Vaccine operations Central Provinces 1868-1885 - 1868-1885
Year: 1868
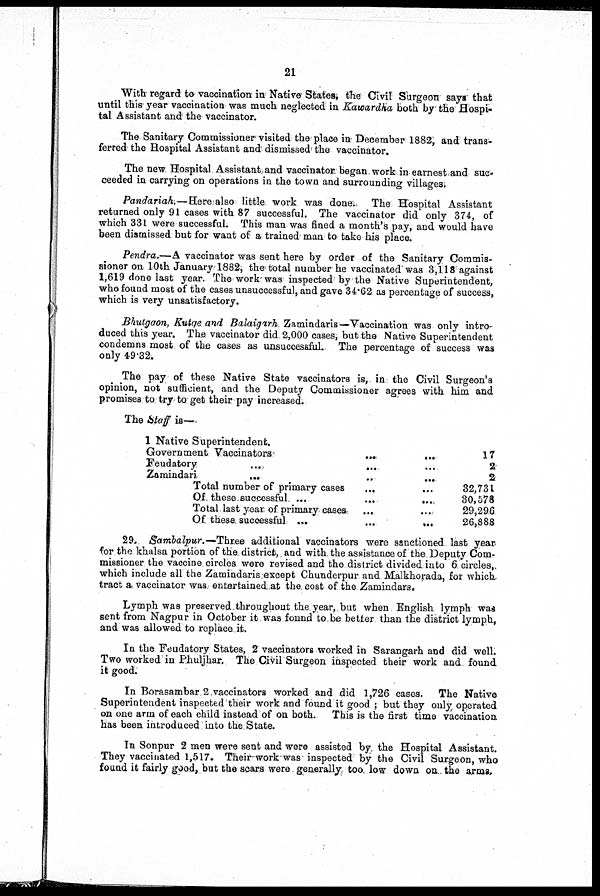
21
With regard to vaccination in Native States, the Civil Surgeon says that
until this year vaccination was much neglected in Kawardha both by the Hospi-
tal Assistant and the vaccinator.
The Sanitary Commissioner visited the place in December 1882, and trans-
ferred the Hospital Assistant and dismissed the vaccinator.
The new Hospital Assistant and vaccinator began work in earnest and suc-
ceeded in carrying on operations in the town and surrounding villages.
Pandariah.—Here also little work was done., The Hospital Assistant
returned only 91 cases with 87 successful. The vaccinator did only 374, of
which 331 were successful. This man was fined a month's pay, and would have
been dismissed but for want of a trained man to take his place.
Pendra.—A vaccinator was sent here by order of the Sanitary Commis-
sioner on 10th January 1882, the total number he vaccinated was 3,118 against
1,619 done last year. The work was inspected by the Native Superintendent,
who found most of the cases unsuccessful, and gave 34.62 as percentage of success,
which is very unsatisfactory.
Bhutgaon, Kutqe and Balaigarh Zamindaris — Vaccination was only intro-
duced this year. The vaccinator did 2,000 cases, but the Native Superintendent
condemns most of the cases as unsuccessful. The percentage of success was
only 49.32.
The pay of these Native State vaccinators is, in the Civil Surgeon's
opinion, not sufficient, and the Deputy Commissioner agrees with him and
promises to try to get their pay increased.
The Staff is—
1 Native Superintendent... ... ... ...
Government
Vaccinators...
...
...
...
Feudatory...
...
...
...
Zamindari... ... ... ...
17
2
2
Total number of primary cases... ... ... ...
Of these
successful...
...
...
...
Total last year of primary cases... ... ... ...
Of these
successful...
...
...
...
32,731
30,578
29,296
26,888
29. Sambalpur.— Three additional vaccinators were sanctioned last year
for the khalsa portion of the district, and with the assistance of the Deputy Com-
missioner the vaccine circles were revised and the district divided into 6 circles,
which include all the Zamindaris except Chunderpur and Malkhorada, for which,
tract a vaccinator was entertained at the cost of the Zamindars.
Lymph was preserved throughout the year, but when English lymph was
sent from Nagpur in October it was found to be better than the district lymph,
and was allowed to replace it.
In the Feudatory States, 2 vaccinators worked in Sarangarh and did well.
Two worked in Phuljhar. The Civil Surgeon inspected their work and found
it good.
In Borasambar 2 vaccinators worked and did 1,726 cases. The Native
Superintendent inspected their work and found it good ; but they only operated
on one arm of each child instead of on both. This is the first time vaccination
has been introduced into the State.
In Sonpur 2 men were sent and were assisted by the Hospital Assistant.
They vaccinated 1,517. Their work was inspected by the Civil Surgeon, who
found it fairly good, but the scars were generally too. low down on the arms.